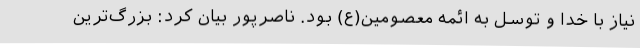
نیاز با خدا و توسل به ائمه معصومین(ع) بود. ناصرپور بیان کرد: بزرگ‌ترین